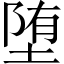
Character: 堕